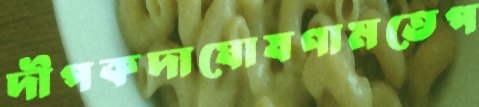
দীপকদাঘোষণামতেপ